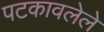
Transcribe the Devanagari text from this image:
पटकावलेले